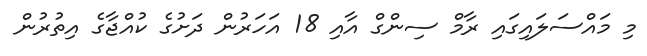
މި މައްސަލައިގައި ރާމް ސިންގް އާއި 18 އަހަރުން ދަށުގެ ކުއްޖާގެ އިތުރުން